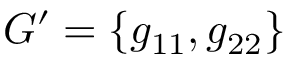
{ \cal G } ^ { \prime } = \{ g _ { 1 1 } , g _ { 2 2 } \}